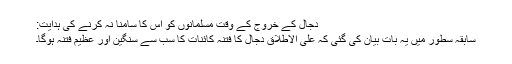
دجال کے خروج کے وقت مسلمانوں کو اس کا سامنا نہ کرنے کی ہدایت:
سابقہ سطور میں یہ بات بیان کی گئی کہ علی الاطلاق دجال کا فتنہ کائنات کا سب سے سنگین اور عظیم فتنہ ہوگا۔